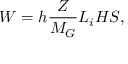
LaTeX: W = h \frac { Z } { M _ { G } } L _ { i } H S ,